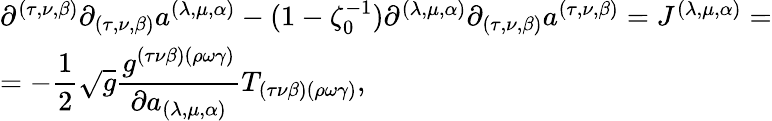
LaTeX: \begin{array}{l}{{\partial^{(\tau,\nu,\beta)}\partial_{(\tau,\nu,\beta)}a^{(\lambda,\mu,\alpha)}-(1-\zeta_{0}^{-1})\partial^{(\lambda,\mu,\alpha)}\partial_{(\tau,\nu,\beta)}a^{(\tau,\nu,\beta)}=J^{(\lambda,\mu,\alpha)}=}}\\ {{=-\displaystyle\frac{1}{2}\sqrt{g}\displaystyle\frac{g^{(\tau\nu\beta)(\rho\omega\gamma)}}{\partial a_{(\lambda,\mu,\alpha)}}T_{(\tau\nu\beta)(\rho\omega\gamma)},}}\end{array}